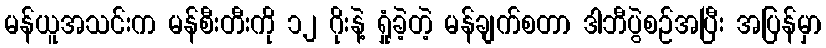
မန်ယူအသင်းက မန်စီးတီးကို ၁၂ ဂိုးနဲ့ ရှုံခဲ့တဲ့ မန်ချက်စတာ ဒါဘီပွဲစဉ်အပြီး အပြန်မှာ